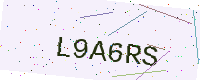
Text: L9A6RS